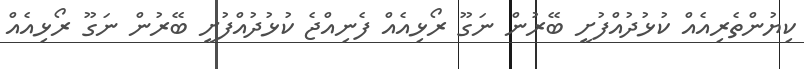
ކިޔުންތެރިއެއް ކުޅުދުއްފުށީ ބޭރުން ނަގޫ ރޯޅިއެއް ފެނިއްޖެ ކުޅުދުއްފުށީ ބޭރުން ނަގޫ ރޯޅިއެއް